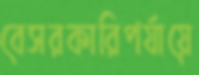
বেসরকারিপর্যায়ে